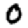
Digit: 0